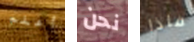
أعلم نحن فاذا